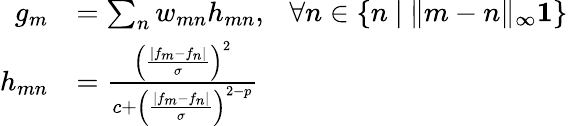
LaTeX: \begin{array}{rl}{g_{m}}&{=\sum_{n}w_{mn}h_{mn},~~~\forall n\in\{ n~|~\| m-n\| _{\infty}\le 1\} }\\ {h_{mn}}&{=\frac{\left(\frac{\left|f_{m}-f_{n}\right|}{\sigma}\right)^{2}}{c+\left(\frac{\left|f_{m}-f_{n}\right|}{\sigma}\right)^{2-p}}}\end{array}